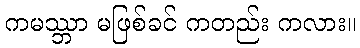
ကမဿ္ဘာ မဖြစ်ခင် ကတည်း ကလား။